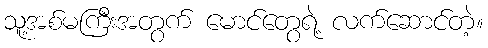
သူ့အစ်မကြီးအတွက် မောင်တွေရဲ့ လက်ဆောင်တဲ့။